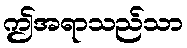
ဤအရာသည်သာ